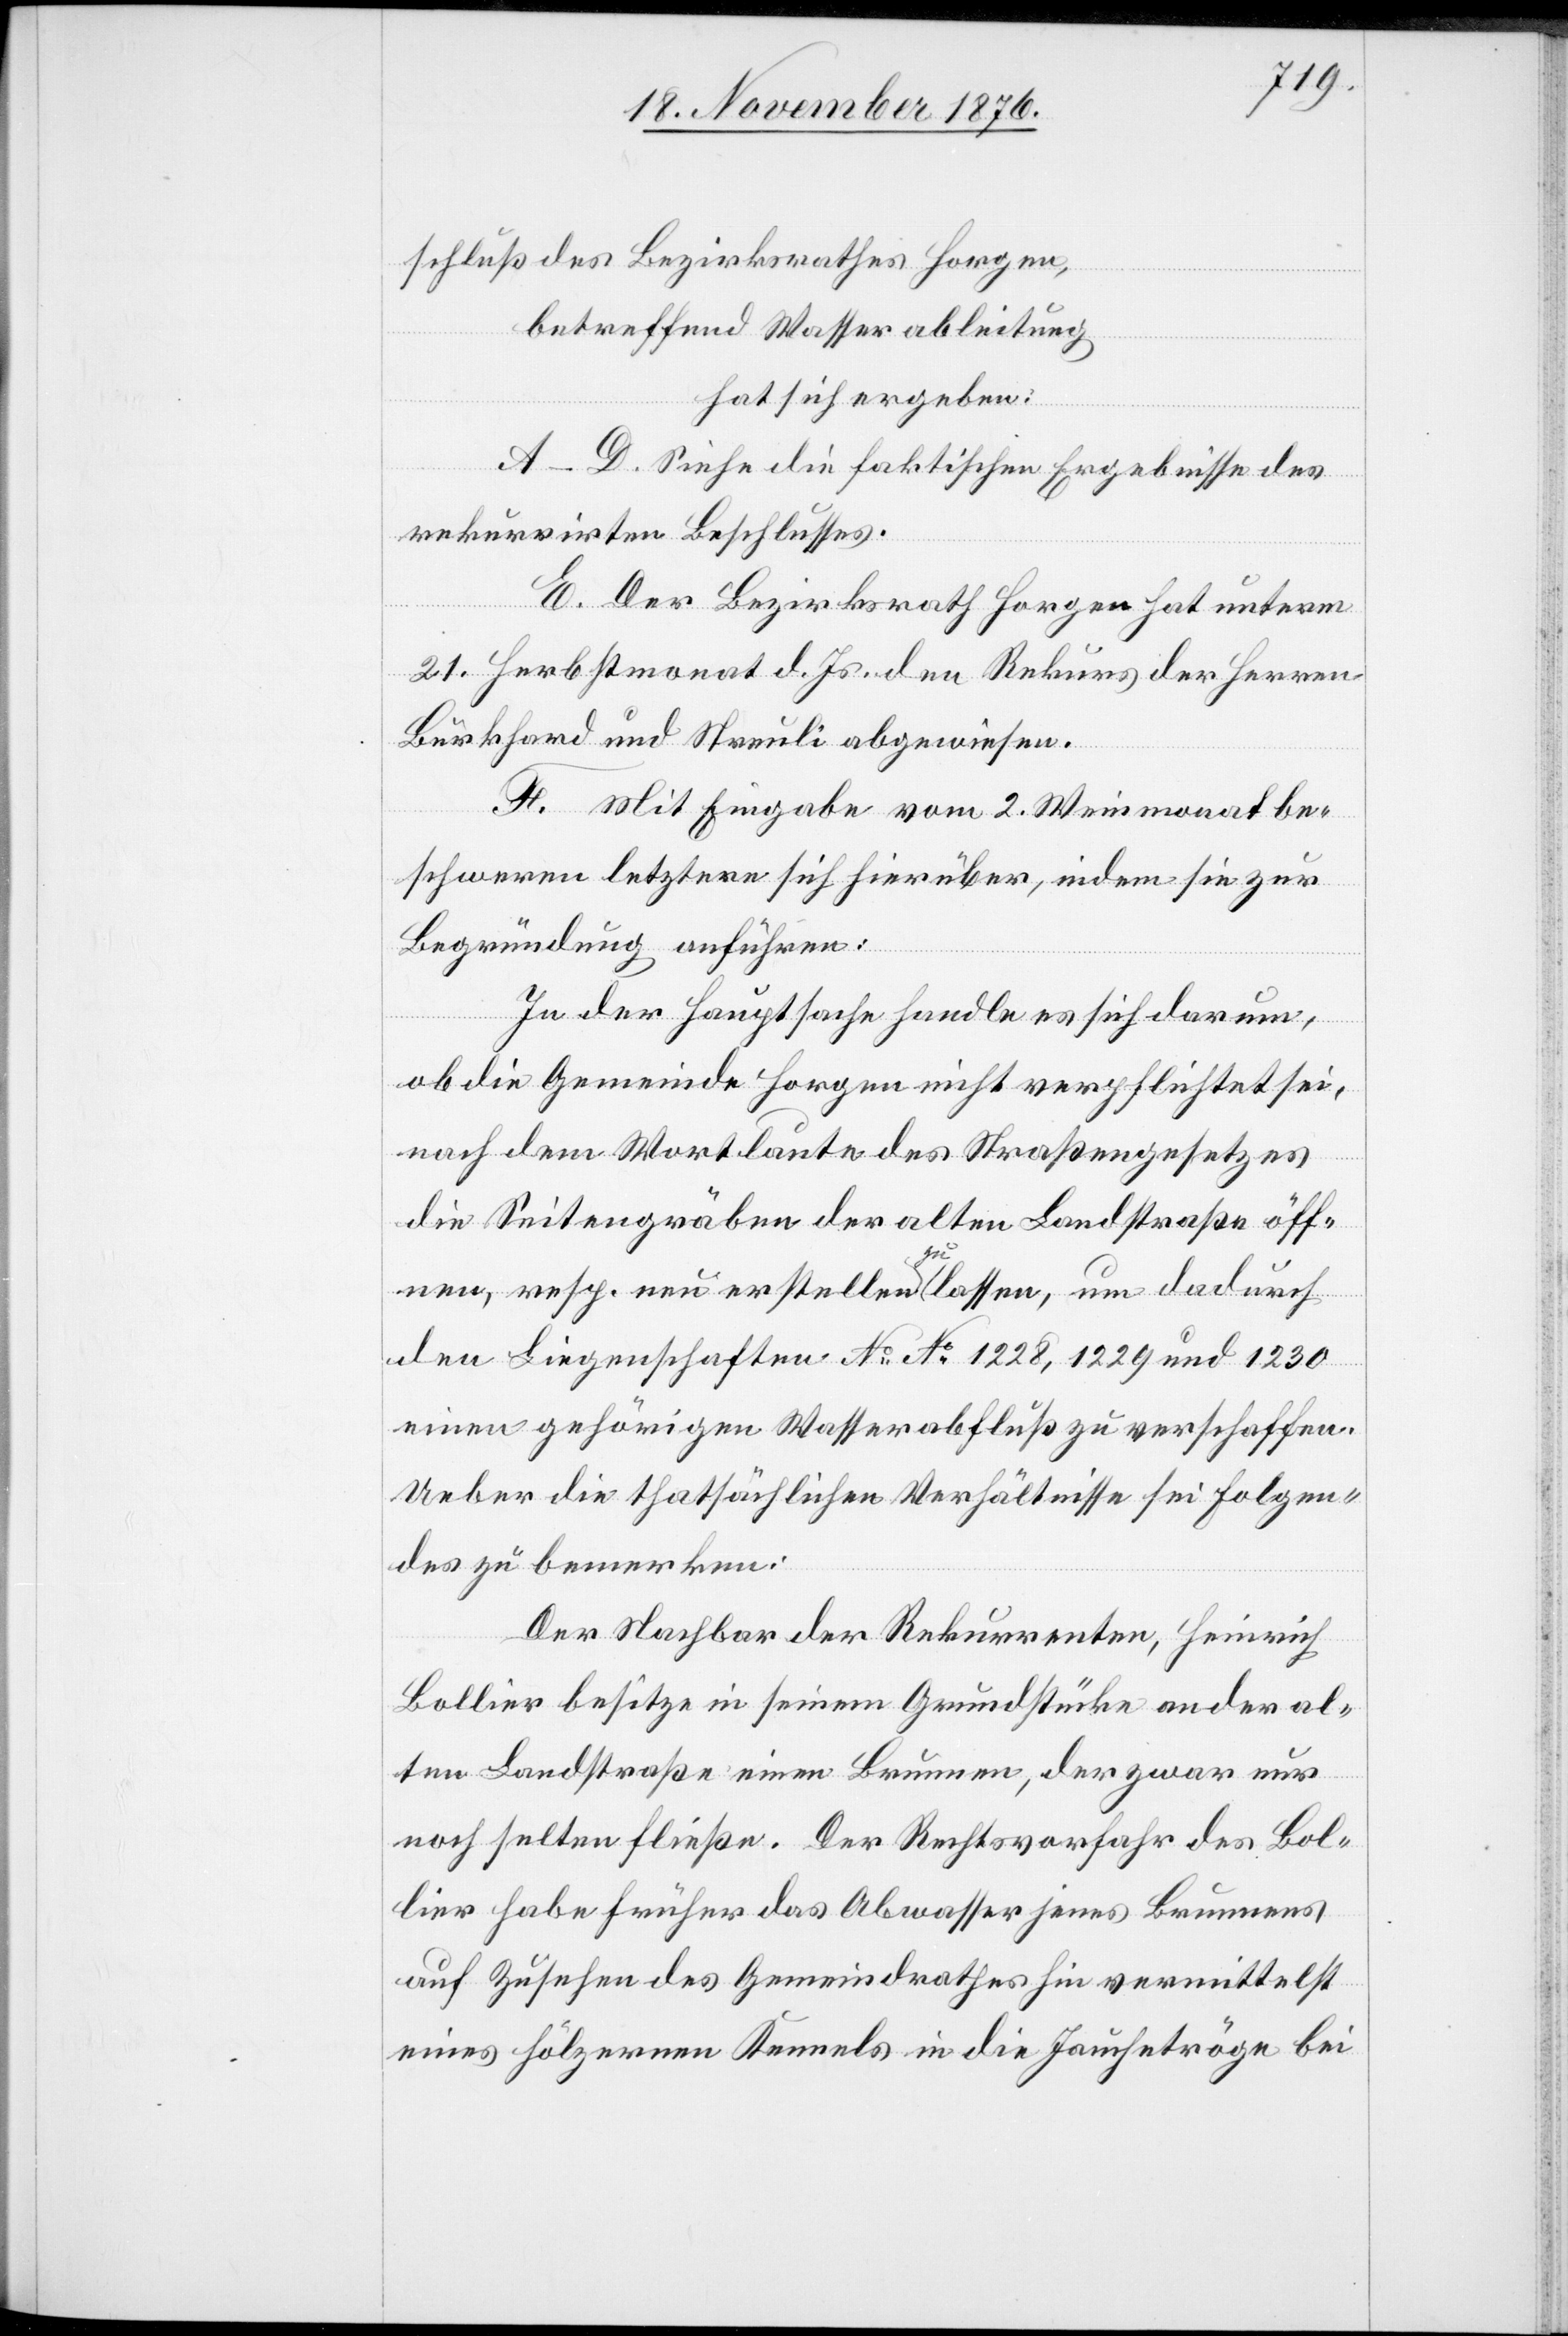
schluß des Bezirksrathes Horgen,
betreffend Wasserableitung
hat sich ergeben:
A–D- Siehe die faktischen Ergebnisse des
rekurrirten Beschlusses.
E: Der Bezirksrath Horgen hat unterm
21. Herbstmonat d. Js. den Rekurs der Herren
Burkhard und Streuli abgewiesen.
F. Mit Eingabe vom 2. Weinmonat be¬
schweren letztere sich hierüber, indem sie zur
Begründung anführen:
In der Hauptsache handle es sich darum,
ob die Gemeinde Horgen nicht verpflichtet sei,
nach dem Wortlaute des Straßengesetzes
die Seitengraben der alten Landstraße öff¬
nen, resp. nun erstellen zu lassen, um dadurch
den Liegenschaften No 1228, 1229 und 1230
einen gehörigen Wasserabfluß zu verschaffen.
Ueber die thatsächlichen Verhältnisse sei Folgen¬
des zu bemerken:
Der Nachbar der Rekurrenten, Heinrich
Bollier besitze in seinem Grundstücke an der al¬
ten Landstraße einen Brunnen, der zwar nur
noch selten fließe. Der Rechtsvorfahr des Bol¬
lier habe früher das Abwasser jenes Brunnens
auf Zusehen des Gemeindrathes hin vermittelst
eines hölzernen Kennels in die Jauchetröge bei